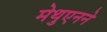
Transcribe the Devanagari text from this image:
मेथुएनने